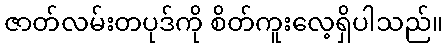
ဇာတ်လမ်းတပုဒ်ကို စိတ်ကူးလေ့ရှိပါသည်။